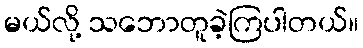
မယ်လို့ သဘောတူခဲ့ကြပါတယ်။